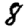
Digit: 8